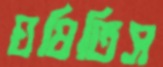
ঘষিতিস